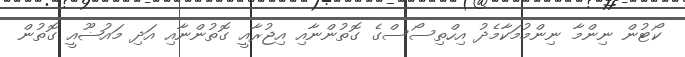
ކޯޓުން ނިންމާ ނިންމުމަކާމެދު އިހްތިސޯސްގެ ގޮތުންނާއި އިޖުރާއީ ގޮތުންނާއި އަދި މައުޟޫއީ ގޮތުން